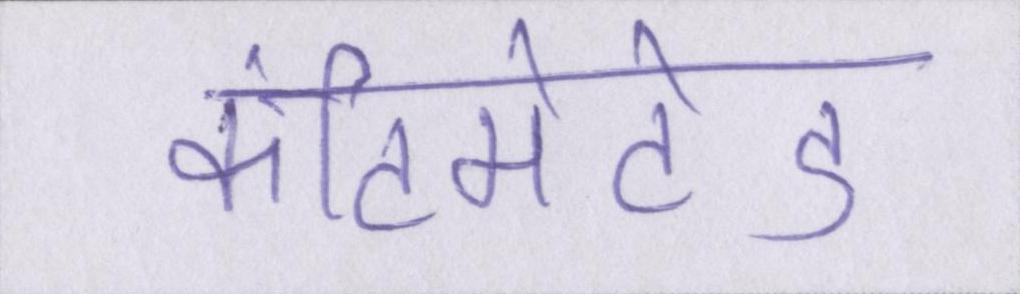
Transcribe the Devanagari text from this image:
कंटिमेटेड